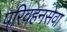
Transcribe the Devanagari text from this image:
परिवहनसेवा